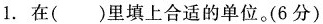
1. 在()里填上合适的单位。(6分)